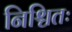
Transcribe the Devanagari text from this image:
निश्चितः